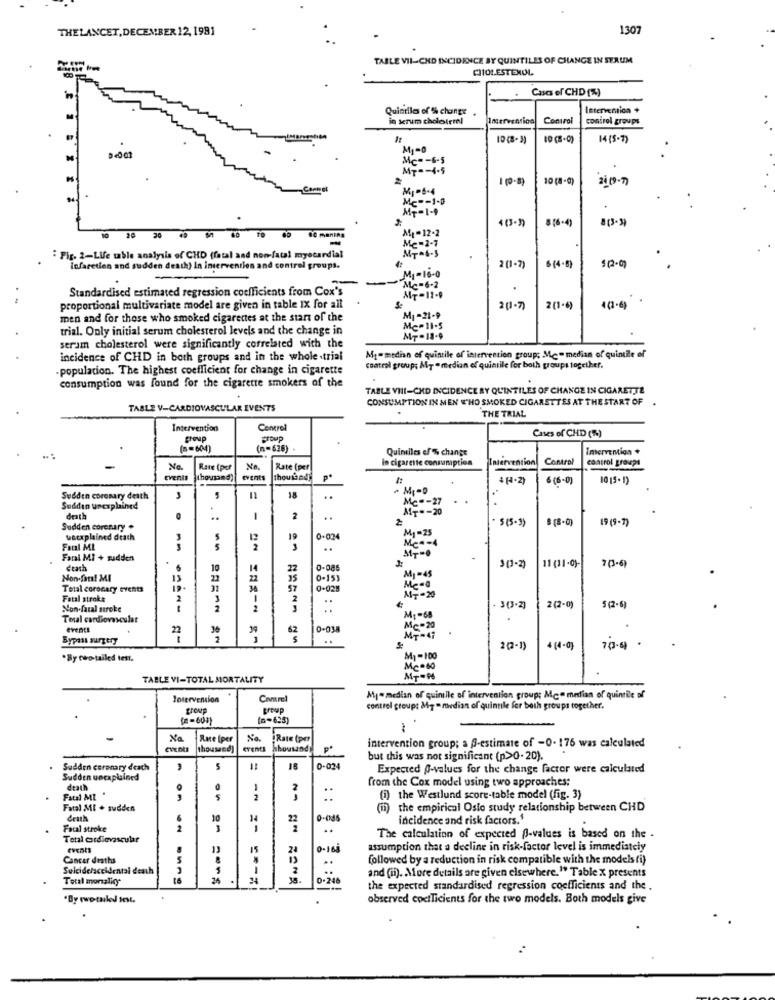
THELANCET, DECEMBER 12, 1981
130
TABLE VII-CHD INCIDENCE BY QUINTILES OF CHANGE IN SERUM
CHOLESTEROL
Cases of CHD (%)
Quintile of % change
Intervention +
in scrum chololetel
Intervention
Control
control groups
10 (1-0)
1415-7)
M1=0
MT -- 4.5
10 (8-0)
Mc =- 1-0
MT-1-9
4(3-)
8 16-4
Mt-12-2
20
Me - 2 - 1
Fig. 2-Life table analysis of CHD (fatal and non-fatal myocardial
6(4.8)
infaretien and sudden death) In intervention and control groups.
M1-10-0
2 (1-7)
Standardised estimated regression coefficients from Cox's
Mc-6-2
.
AT-11-9
proportional multivariate model are given in table IX for all
21- 7)
2(1-6)
4(4-6)
men and for those who smoked cigarettes at the start of the
M1 -21-9
trial. Only initial serum cholesterol levels and the change in
MC - 11 . 5
MT-18-9
serum cholesterol were significantly correlated with the
incidence of CHD in both groups and in the whole .trial
My=median of quintile of intervention group; Mc= median of quintile of
population. The highest coefficient for change in cigarette
control group; My = median of quintile for both groups together.
consumption was found for the cigarette smokers of the
TABLE VIII-CHD INCIDENCE RY QUINTILES OF CHANGE IN CIGARETTE
CONSUMPTION IN MEN WHO SMOKED CIGARETTES AT THE START OF
TABLE V-CARDIOVASCULAR EVENTS
THE TRIAL
Intervention
Control
Croup
group
Cases of CHD (%)
( == 604)
(n=626) .
Quimilles ef % change
Intervention+
In cigarette consumption
Intervention, Control
control groups
Ne
Rate (por
Rate (per
Events
thousand)
events
thou bad
P.
4 (H.Z)
6 (6-0)
10 15. 1)
Sudden coronary death
18
..
Mc -- 27
. .
Sudden unexplained
MT .- 20
death
..
1
2
.
5(5-3)
19 (9-7)
Sudden coronary .
weexplained death
3
5
19
0-034
M1-25
Faul ML
..
Farsi MI + sudden
-
ctath
14
3(3-2)
11 (11-0)-
70-6)
Non-fan! MI
13
22
22
35
M3-45
Total coronary events
57
Fatal stroke
2
3
2
:
NOT - 20
Non fatal stroke
2
. 3(3-2)
2(2-0
5 (2-6)
Total cardiovascular
M1 -64
events
62
0-038
Bypass surgery
..
MF - 4
2(2-1)
+ (4-0)
.By two-tailed tett,
M1-100
MC=60
TABLE VI-TOTAL MORTALITY
Intervention
Control
My= median of quinille of intervention group; Mce median of quinrile of
group
group
control group: 84g = ndian of quintile for both groups together.
(-603)
(4-625)
1
Xa
Rute (per
Na
Rate (per
thousand)
events
hbousand
intervention group; a @-estimate of -0- 176 was calculated
but this was not significant (p>0-20).
Sudden coronary deach
5
18
0-024
Expected O-values for the change factor were calculated
Sudden unexplained
from the Cox model using two approaches:
death
Fatal MI
5
(1) the Westlund score-table model (fig. 3)
Fatal Ml + sudden
(ii) the empirical Osto study relationship between CHD
death
10
22
0-085
incidence and risk factors.'
Fatal stroke
2
3
..
Total cardiovascular
The calculation of expected BB-values is based on the -
.
15
0.16
assumption that a decline in risk-factor level is immediately
Cancer deaths
5
followed by a reduction in risk compatible with the models (i)
Sulcidelaccidental death
1
Total monalicy
0-248
and (ii). More details are given elsewhere. " Table X presents
the expected standardised regression coefficients and the .
"By twotuleJ int.
observed cociTicients for the two models. Both models give